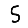
Digit: 5